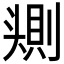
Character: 𰋰